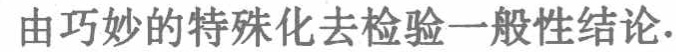
由巧妙的特殊化去检验一般性结论.